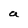
Character: a